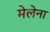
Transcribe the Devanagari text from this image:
मेलेना